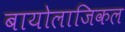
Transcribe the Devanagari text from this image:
बायोलाजिकल